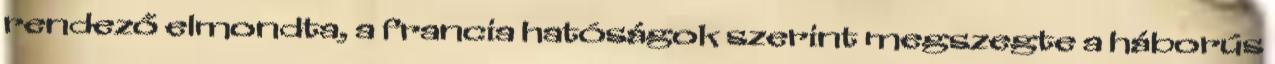
rendező elmondta, a francia hatóságok szerint megszegte a háborús